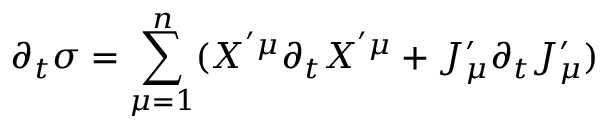
\partial _ { t } \sigma = \sum _ { \mu = 1 } ^ { n } ( X ^ { ' \mu } \partial _ { t } X ^ { ' \mu } + J _ { \mu } ^ { \prime } \partial _ { t } J _ { \mu } ^ { \prime } )